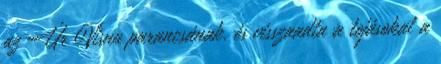
az Úr Visnu parancsának, és visszaadta a tojásokat a